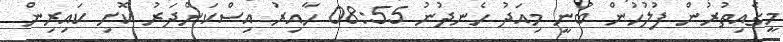
މީގެއިތުރުން ފުލުހުން ބުނީ މިއަދު ހެނދުނު 08:55 ހާއިރު އިސްކަންދަރު ކޮށި ކައިރިން